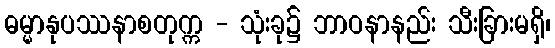
ဓမ္မာနုပဿနာစတုက္က - သုံးခု၌ ဘာဝနာနည်း သီးခြားမရှိ၊